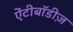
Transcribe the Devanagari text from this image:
ऐंटीबॉडीज़